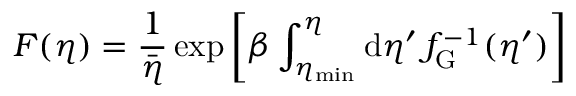
F ( \eta ) = \frac { 1 } { \bar { \eta } } \exp \left[ \beta \int _ { \eta _ { \mathrm { m i n } } } ^ { \eta } \mathrm { d } \eta ^ { \prime } \, f _ { \mathrm { G } } ^ { - 1 } ( \eta ^ { \prime } ) \right]